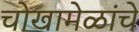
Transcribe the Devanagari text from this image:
चोखामेळांचे